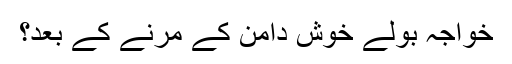
خواجہ بولے خوش دامن کے مرنے کے بعد؟